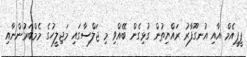
ޕީޕީއެމް އާއި އުނގޫފާރު ރައްޔިތުން ގުޅިގެން ބޭއްވި މި ޖަލްސާގައި މަޖިލީހުގެ މެމްބަރުންނާއި